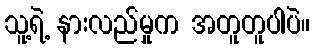
သူ့ရဲ့ နားလည်မှုက အတူတူပါပဲ။